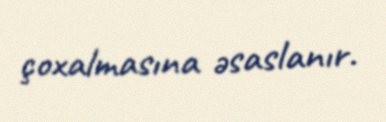
çoxalmasına əsaslanır.